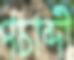
পচাব্দী